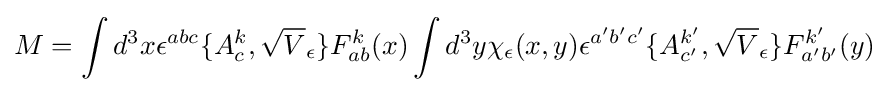
M=\int d^{3}x\epsilon ^{abc}\{A_{c}^{k},{\sqrt {V}}_{\epsilon }\}F_{ab}^{k}(x)\int d^{3}y\chi _{\epsilon }(x,y)\epsilon ^{a'b'c'}\{A_{c'}^{k'},{\sqrt {V}}_{\epsilon }\}F_{a'b'}^{k'}(y)